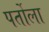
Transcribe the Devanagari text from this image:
पर्तोला